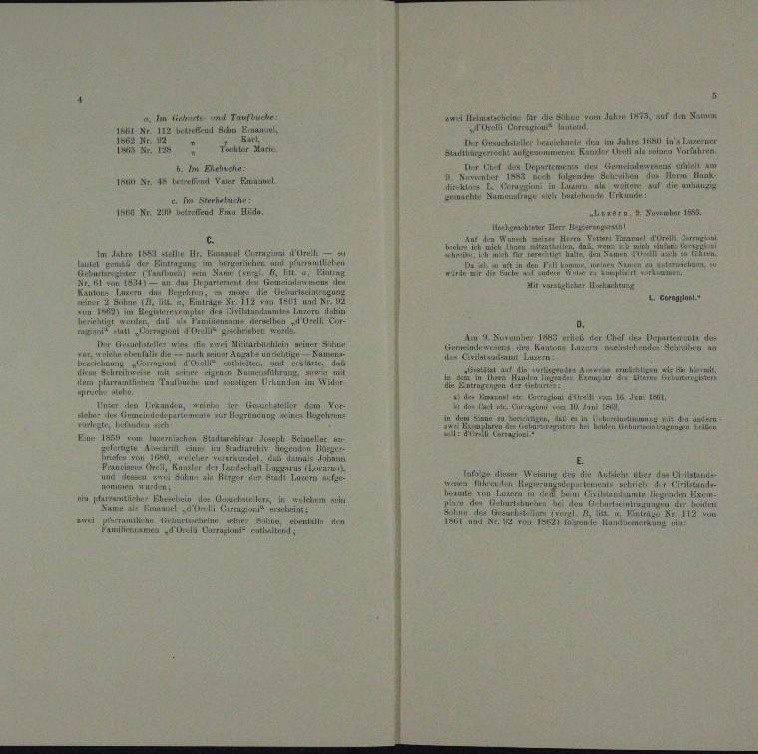
wel Heimatschen für die Sachen vom Jahr 1873 auf den Datum
m
  Jahr 10 in Lur
Ihr Gesuchesteller auchte
 Vuh

Argerre
awahl am
Ir d
 u traten Schulden das hierm Hunk
 Ain anzung
.
1BB Nr. 220 untreffend Emu Hude,
ALBRETn, 4. November 1889.
A I
.
Steller Hr. Er
Im Jahre
dienten und er

u
n
n

M Vater Hochachtung
die G
anten der
e
urteilu
L Caragran
n
u
.

 r t d.

tt trat in einen eben
AAL 1883 erhin der Chef des
Urzustelle wir in zwei Militarthin einer Schr
aeten einen eine
in Kautung die
feiniger
e
n
.
u
n

n

wohnh

er den Grund, wenn der Gester de
oten der

.
een, die

Lur les von luzernischen Stallarchivar Joseph Schurlar

E

menen
u
.
niu parramtliche Ehelin der Dechalles
Schnen au
Damals Eman
arha
Train
 allen

a. Im Sicherte und Taufbuche
I Nr 112 betrefernel dem Emanuel
u

b. Im Ehehrche.
H Dr. Abend Vater Emanuel
 Im Sternstuch

n